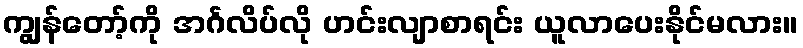
ကျွန်တော့်ကို အင်္ဂလိပ်လို ဟင်းလျာစာရင်း ယူလာပေးနိုင်မလား။